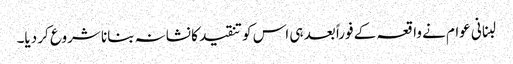
لبنانی عوام نے واقعہ کے فوراً بعد ہی اس کو تنقید کا نشانہ بنانا شروع کر دیا۔